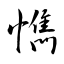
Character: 懏